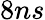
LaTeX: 8ns